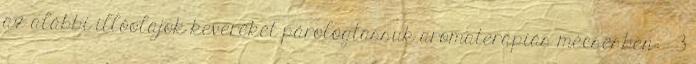
az alábbi illóolajok keverékét párologtassuk aromaterápiás mécsesben: - 3